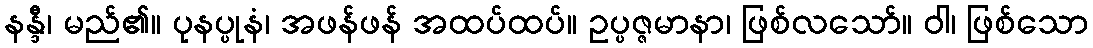
နန္ဒီ၊ မည်၏။ ပုနပ္ပုနံ၊ အဖန်ဖန် အထပ်ထပ်။ ဥပ္ပဇ္ဇမာနာ၊ ဖြစ်လသော်။ ဝါ၊ ဖြစ်သော